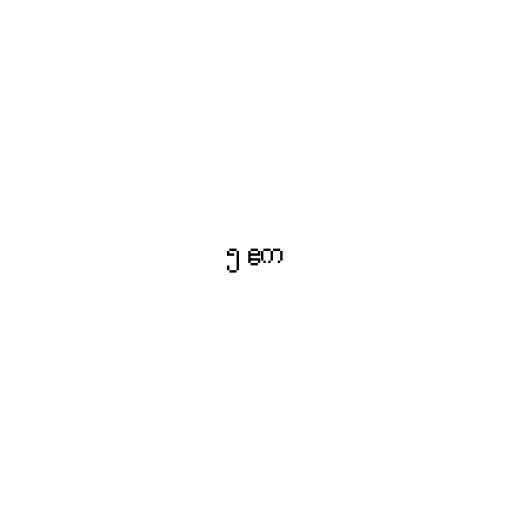
၅ ဧက